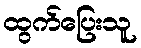
ထွက်ပြေးသူ